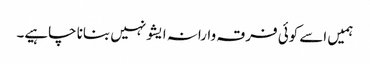
ہمیں اسے کوئی فرقہ وارانہ ایشو نہیں بنانا چاہیے۔